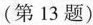
(第13题)